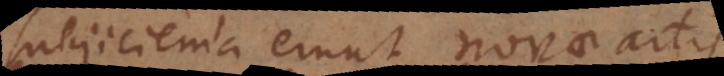
subjicienda erunt novae artis,